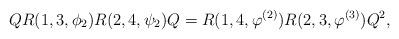
LaTeX: \begin{align*}QR(1,3,\phi_{2})R(2,4,\psi_{2})Q = R(1,4,\varphi^{(2)})R(2,3,\varphi^{(3)})Q^{2},\end{align*}